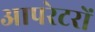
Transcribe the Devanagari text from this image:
आपरेटरों